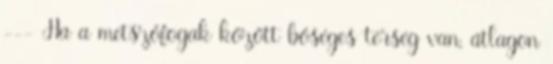
--- Ha a metszőfogak között bőséges térség van, átlagon